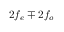
2 f _ { e } \mp 2 f _ { o }